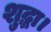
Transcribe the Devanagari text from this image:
शुद्धा।